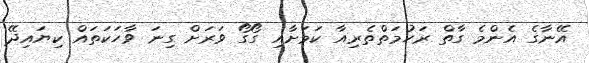
އޭނާގެ އެންމެ ގާތް ރަހުމަތްތެރިއާ ކަމަށާއި ގޯގޯ ވަރަށް ގިނަ ވާހަކަތައް ކިޔައިދޭ